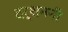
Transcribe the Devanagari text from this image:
दर्शननी